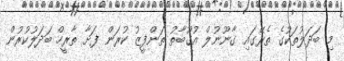
މި ބަދަލުތަކުގެ ތެރޭގައި ގާނޫނުލް އުގޫބާތު ތަންފީޒު ކުރަން ފަށާ ތާރީހް ބަދަލުކުރުން